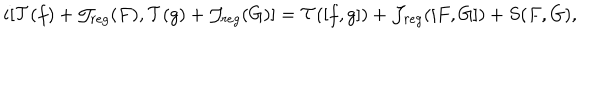
i [ { \cal T } ( f ) + { \cal J } _ { r e g } ( F ) , { \cal T } ( g ) + { \cal J } _ { r e g } ( G ) ] = { \cal T } ( [ f , g ] ) + { \cal J } _ { r e g } ( [ F , G ] ) + S ( F , G ) ,